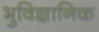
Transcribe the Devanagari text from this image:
भुविज्ञानिक